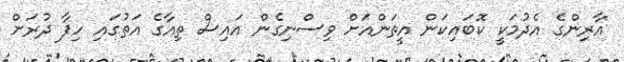
އާރިންގެ އެދުމަކީ ކޮބައިކަން އީތަންއަށް ވިސްނިގެން އައިސް ތިއާގެ އަތުގައި ހިފާ ދުރަށް